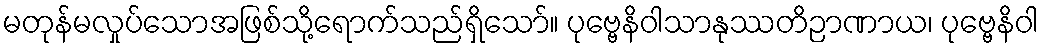
မတုန်မလှုပ်သောအဖြစ်သို့ရောက်သည်ရှိသော်။ ပုဗ္ဗေနိဝါသာနုဿတိဉာဏာယ၊ ပုဗ္ဗေနိဝါ